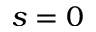
s = 0